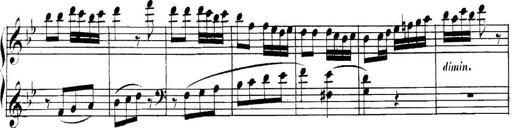
Title: Collected Piano Sonatas
Composer: Muzio Clementi